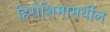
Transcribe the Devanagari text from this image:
हिरोशिमामधील